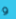
و